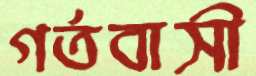
গর্তবাসী